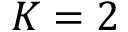
K = 2